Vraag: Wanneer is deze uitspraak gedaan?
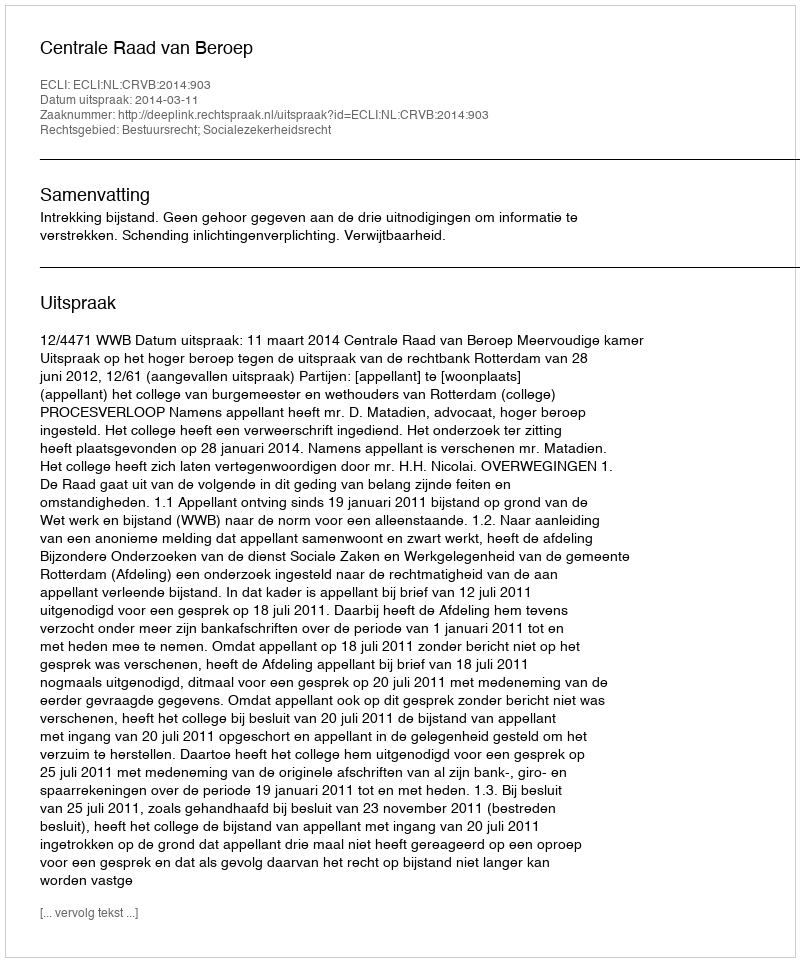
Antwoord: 2014-03-11